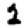
Digit: 2